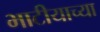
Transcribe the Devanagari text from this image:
भाटीयाच्या